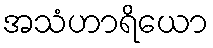
အသံဟာရိယော